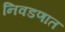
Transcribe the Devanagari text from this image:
निवडणात